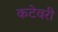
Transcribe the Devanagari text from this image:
कटेवरी